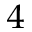
^ { 4 }